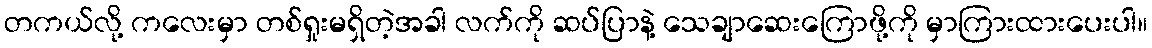
တကယ်လို့ ကလေးမှာ တစ်ရှုးမရှိတဲ့အခါ လက်ကို ဆပ်ပြာနဲ့ သေချာဆေးကြောဖို့ကို မှာကြားထားပေးပါ။